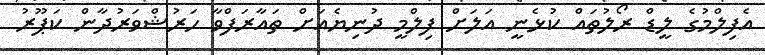
އެފިލްމުގެ ލީޑް ރޯލުތައް ކުޅެނީ އަލަށް ފިލްމީ ދުނިޔެއަށް ތައާރަފްވާ ހަރުޝްވަރުދާން ކަޕޫރު